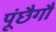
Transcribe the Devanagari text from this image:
पूंछैगौ